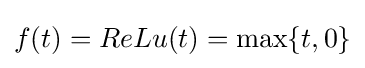
f(t)=ReLu(t)=\max\{t,0\}